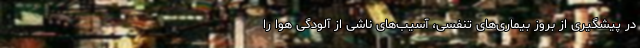
در پیشگیری از بروز بیماری‌های تنفسی، آسیب‌های ناشی از آلودگی هوا را